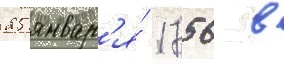
25 январ'я́ 1756 в